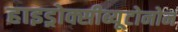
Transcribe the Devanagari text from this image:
हाइड्रोक्सीब्यूटोनोन